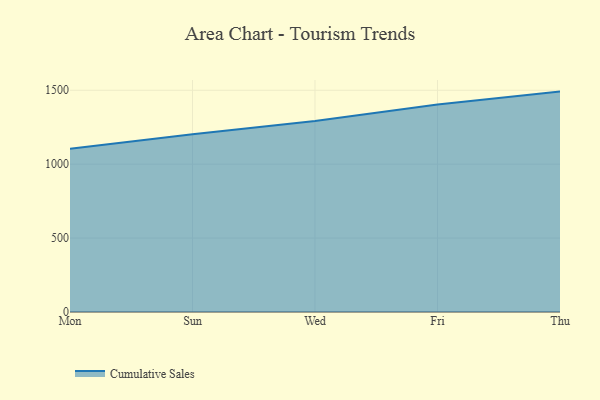
{"axis": {"x": "Day", "y": "Humidity (%)"}, "legend": ["Cumulative Sales"], "data": [{"x": "Mon", "y": 1103.8, "type": "Cumulative Sales"}, {"x": "Sun", "y": 1202.0, "type": "Cumulative Sales"}, {"x": "Wed", "y": 1292.8, "type": "Cumulative Sales"}, {"x": "Fri", "y": 1403.9, "type": "Cumulative Sales"}, {"x": "Thu", "y": 1491.1, "type": "Cumulative Sales"}]}